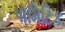
પામિટિક